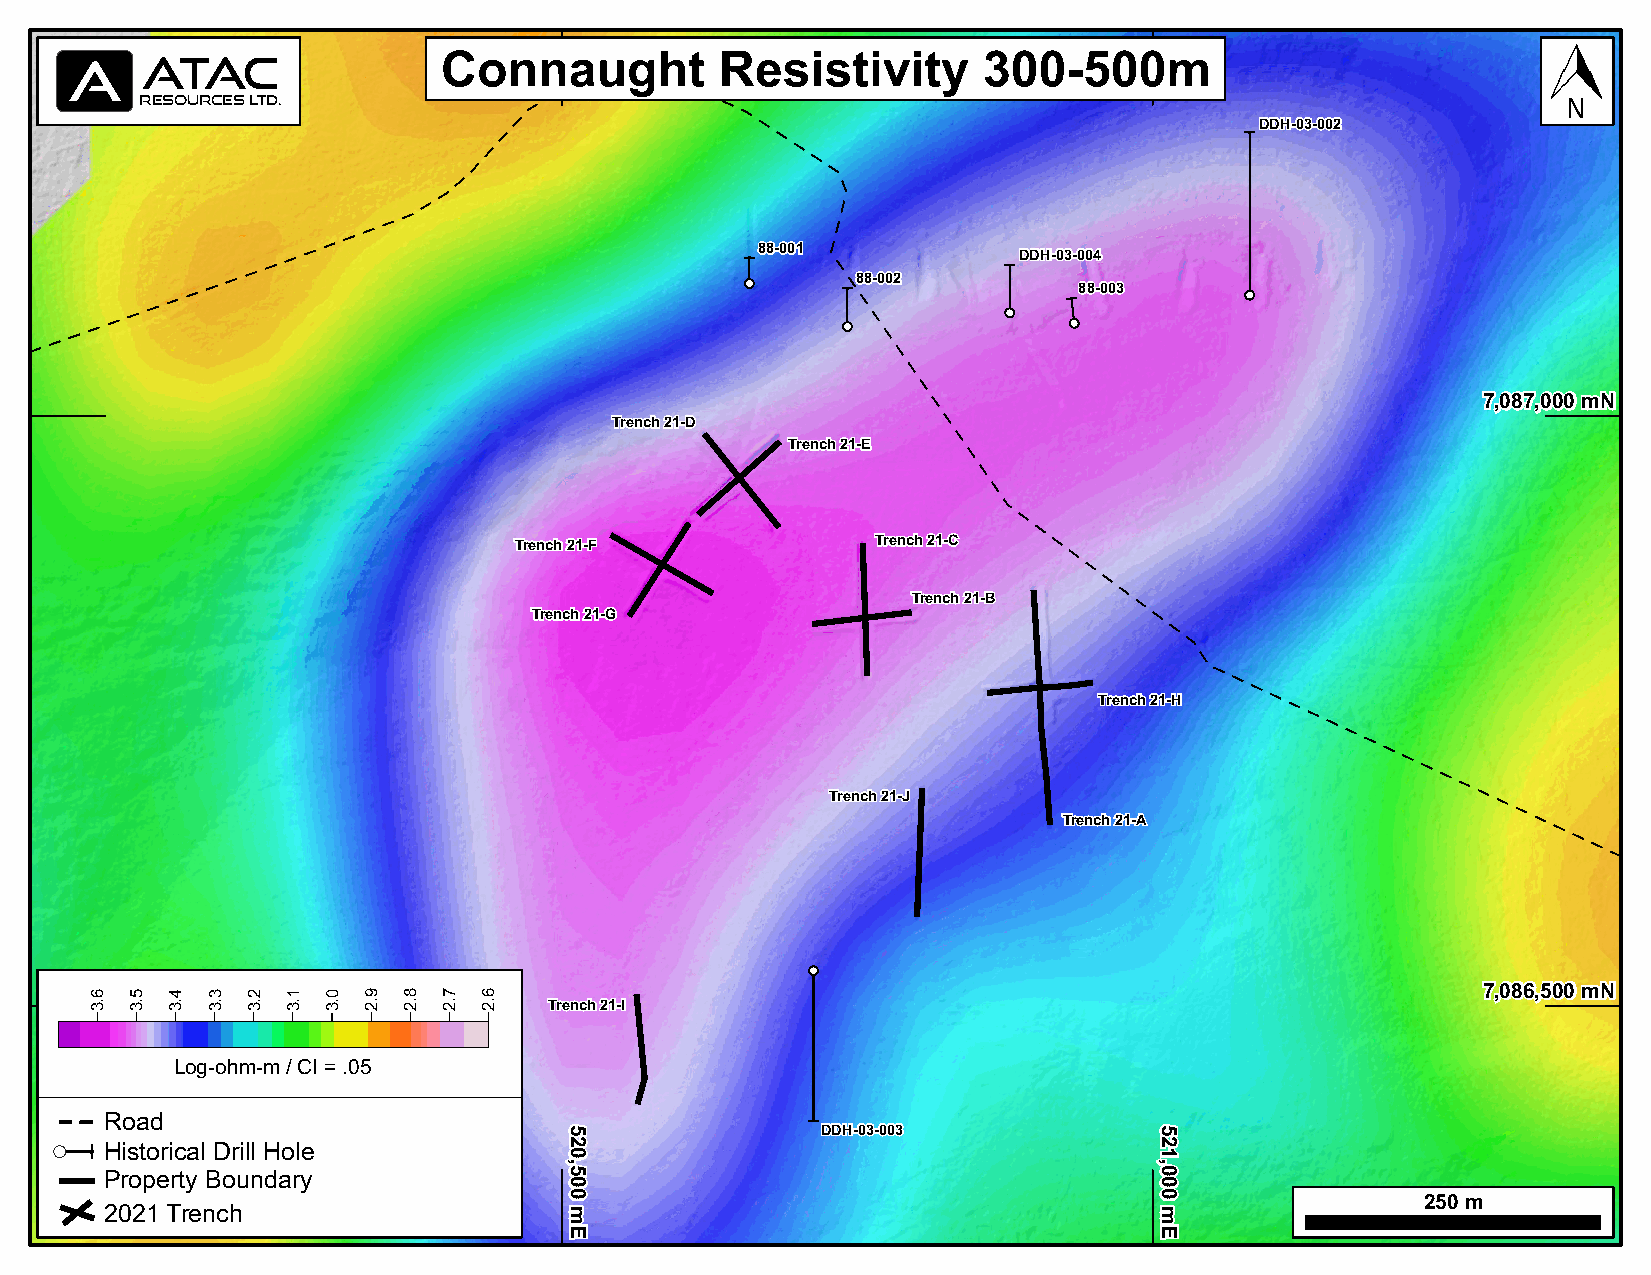
Connaught          Resistivity      300-500m
 A   ATAC
 RESOURCES LTD.
 DDDDDDHHH---000333---000000222
 888888---000000111
 DDDDDDHHH---000333---000000444
 888888---000000222
 888888---000000333
 777,,,000888777,,,000000000 mmmNNN
 TTTrrreeennnccchhh 222111---DDD
 TTTrrreeennnccchhh 222111---EEE
 TTTrrreeennnccchhh 222111---FFF TTTrrreeennnccchhh 222111---CCC
 TTTrrreeennnccchhh 222111---BBB
 TTTrrreeennnccchhh 222111---GGG
 TTTrrreeennnccchhh 222111---HHH
 TTTrrreeennnccchhh 222111---JJJ
 TTTrrreeennnccchhh 222111---AAA
 777,,,000888666,,,555000000 mmmNNN
 TTTrrreeennnccchhh 222111---III
 Log-ohm-m / CI = .05
 Road
 DDDDDDHHH---000333---000000333
 Historical Drill Hole
 Property Boundary
 250 m
 2021 Trench
 6.3 5.3 4.3 3.3 2.3 1.3 0.3 9.2 8.2 7.2 6.2
 555222000,,,555000000
 mmmEEE
 555222111,,,000000000
 mmmEEE